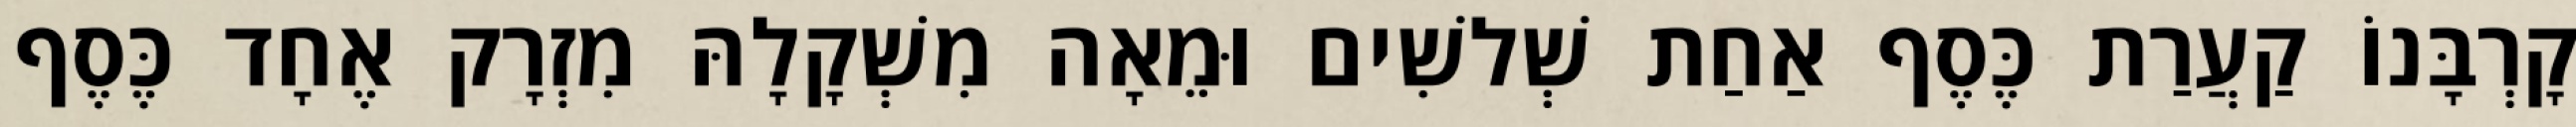
קָרְבָּנוֹ קַעֲרַת כֶּסֶף אַחַת שְׁלשִׁים וּמֵאָה מִשְׁקָלָהּ מִזְרָק אֶחָד כֶּסֶף